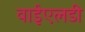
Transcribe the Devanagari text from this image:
वाईएलडी